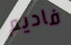
فاديم